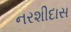
નરશીદાસ